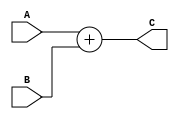
/*-----------------------------------------------------------------------------------
* Date generated: 25/03/2023
* Date modified: 27/05/2023
* Description: Adder to select the buffer columnn
*----------------------------------------------------------------------------------- */

module add_buf_col_counter (
  input  [1:0] A,
  input  [1:0] B,
  output reg  [1:0] C
);
    

// ------------------------------------------
// Combinational logic
// ------------------------------------------
always @ (A or B) begin
  C = A + B;
end
endmodule // add_buf_col_counter